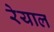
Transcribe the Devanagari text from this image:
रेयाल